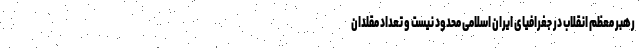
رهبر معظم انقلاب در جغرافیای ایران اسلامی محدود نیست و تعداد مقلدان